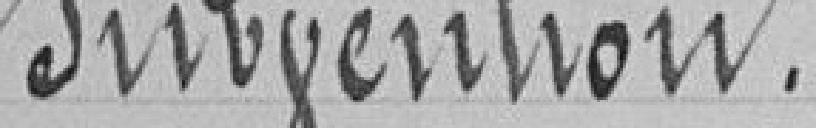
Subvention.